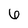
Character: 6